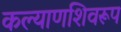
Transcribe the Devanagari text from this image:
कल्याणशिवरूप